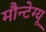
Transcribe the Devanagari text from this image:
मौन्टेग्यू